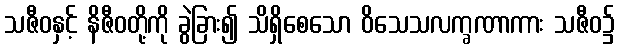
သဇီဝနှင့် နိဇီဝတို့ကို ခွဲခြား၍ သိရှိစေသော ဝိသေသလက္ခဏာကား သဇီဝ၌